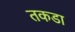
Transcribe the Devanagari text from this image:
तकडा